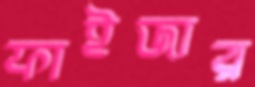
ফাইজার